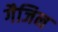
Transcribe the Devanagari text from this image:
गैजिन